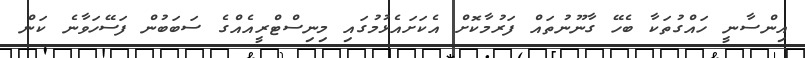
އިންސާނީ ހައްގުތަކާ ބެހޭ ގާނޫނުތައް ފަރުމާކޮށް އެކަށައެޅުމުގައި މިނިސްޓްރީއެއްގެ ސަބަބުން ފަސޭހަވާނެ ކަން